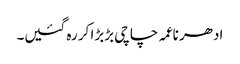
ادھر ناعمہ چاچی بڑبڑا کر رہ گئیں۔